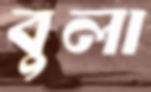
বুলা